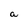
Character: a